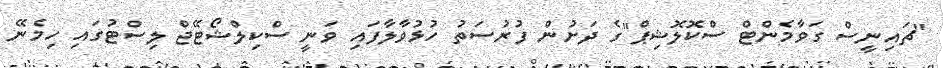
"ޗައިނީސް ގަވާމެންޓް ސްކޮލޮޝިޕް"ގެ ދަށުން ފުރުސަތު ހުޅުވާލާފައި ވަނީ ސްކިލްޝޯޓޭޖް ލިސްޓުގައި ހިމެނޭ